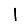
Digit: 1